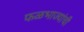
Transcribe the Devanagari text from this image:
फळभाज्यांची